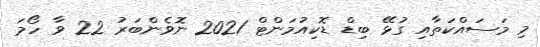
މި މަސައްކަތާއި ގުޅޭ ބިޑް ޑޮކިއުމަންޓް 2021 ނޮވެންބަރު 22 ވާ ހޯމަ